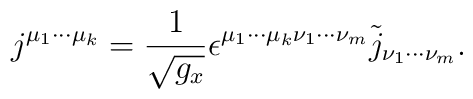
j^{\mu _1\cdot \cdot \cdot \mu _k}=\frac 1{\sqrt{g_x}}\epsilon^{\mu _1\cdot \cdot \cdot \mu _k\nu _1\cdot \cdot \cdot \nu _m}\tilde j_{\nu_1\cdot \cdot \cdot \nu _m}.